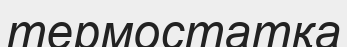
термостатқа